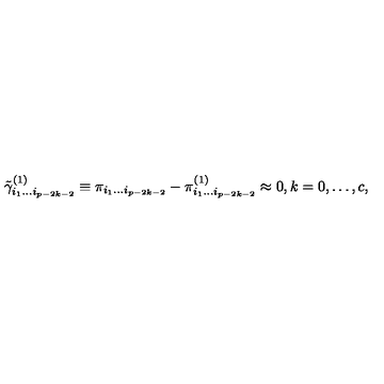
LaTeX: \tilde { \gamma } _ { i _ { 1 } \ldots i _ { p - 2 k - 2 } } ^ { ( 1 ) } \equiv \pi _ { i _ { 1 } \ldots i _ { p - 2 k - 2 } } - \pi _ { i _ { 1 } \ldots i _ { p - 2 k - 2 } } ^ { ( 1 ) } \approx 0 , k = 0 , \ldots , c ,